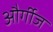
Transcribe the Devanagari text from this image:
और्गीज